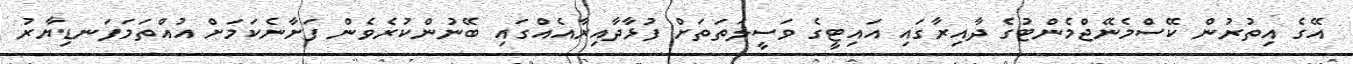
އޭގެ އިތުރުން ކޭސްމެނޭޖްމެންޓުގެ ދާއިރާގައި އައިޓީގެ ވަސީލަތަތަށް ފުޅާދާއިރާއެއްގައި ބޭނުންކުރެވެން ފަށާނެކަމަށް އުއްތަމަފަނޑިޔާރު